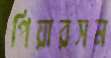
পিয়ারসন